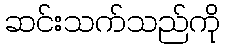
ဆင်းသက်သည်ကို